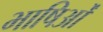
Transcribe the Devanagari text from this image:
भाषिओं